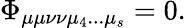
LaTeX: \Phi_{\mu\mu\nu\nu\mu_{4}...\mu_{s}}=0.